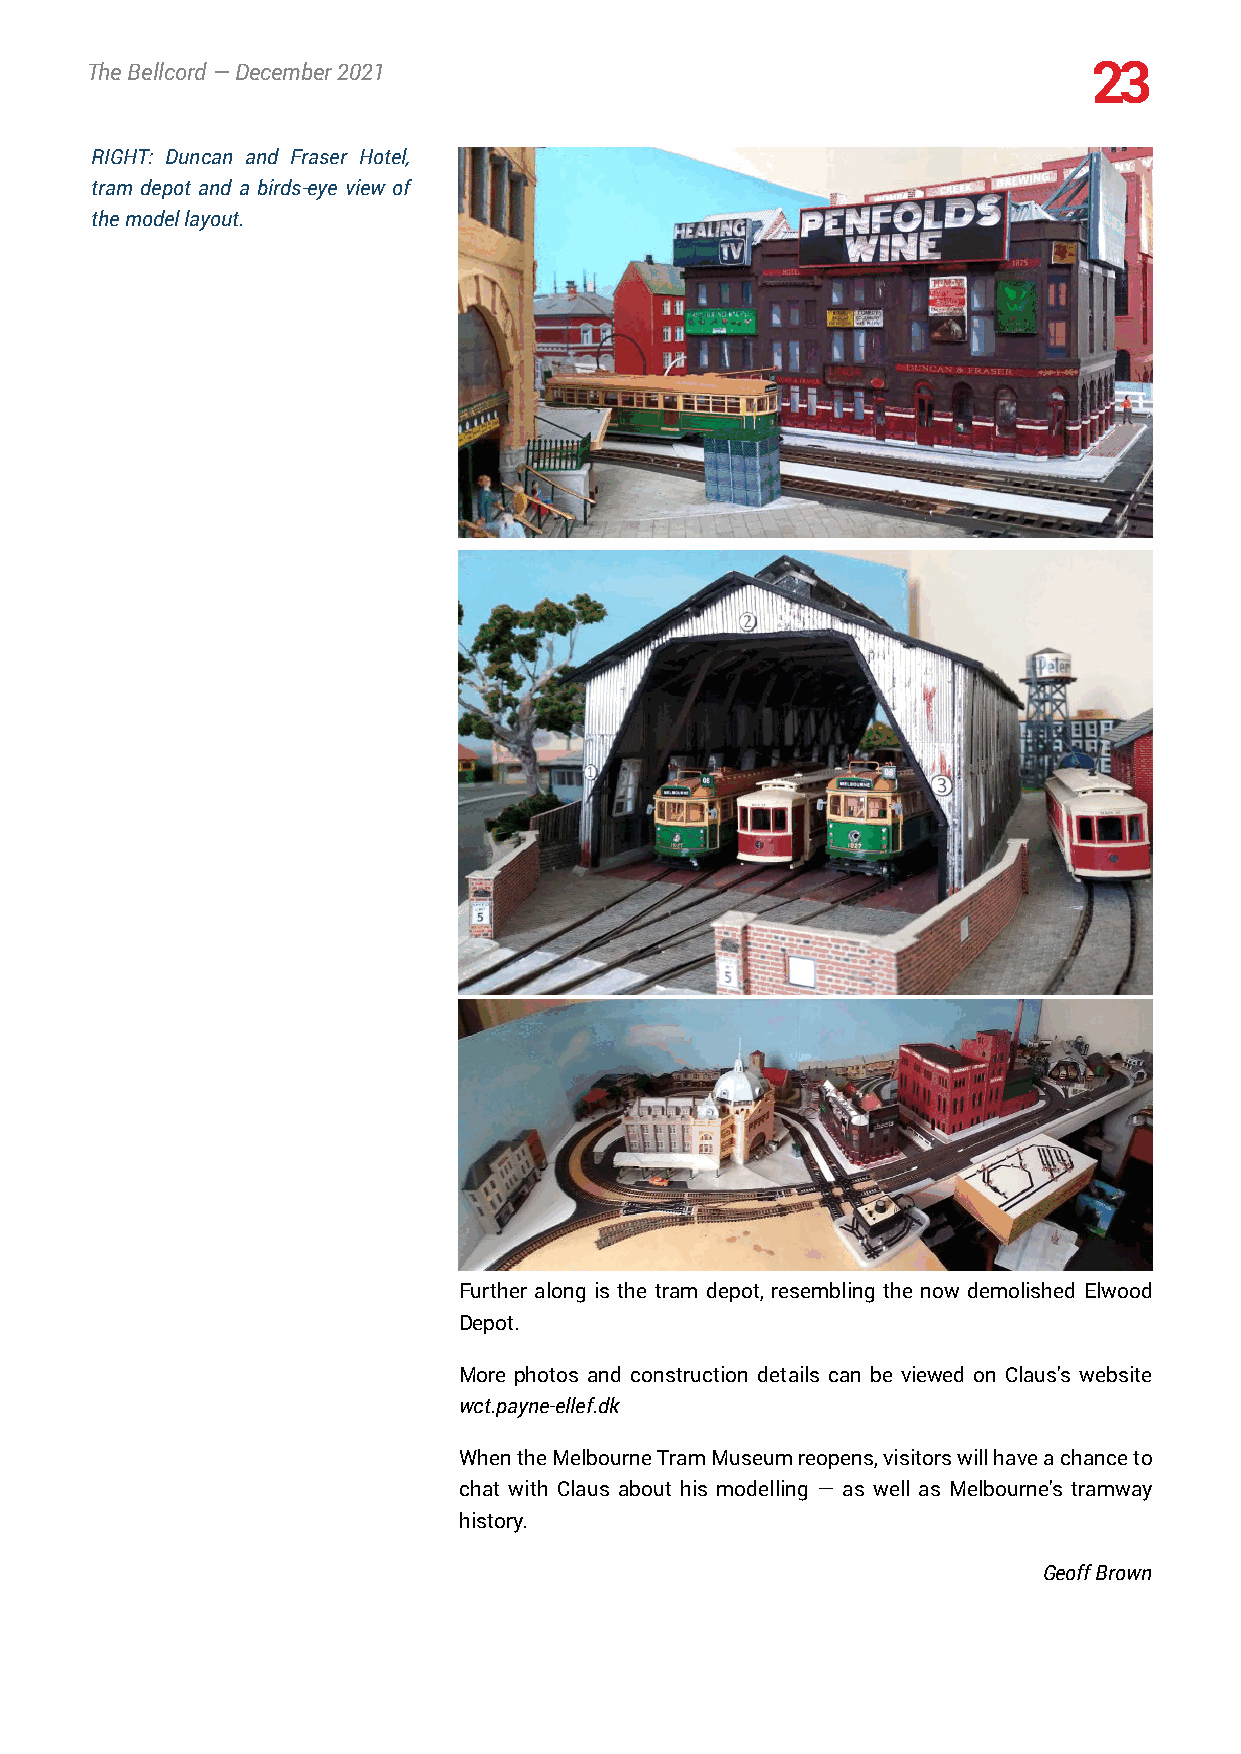
TheBellcord—December2021                                          23
 RIGHT: Duncan and Fraser Hotel,
 tram depot and a birds-eye view of
 themodellayout.
 Further along is the tram depot, resembling the now demolished Elwood
 Depot.
 More photos and construction details can be viewed on Claus's website
 wct.payne-ellef.dk
 WhentheMelbourneTramMuseumreopens,visitorswillhaveachanceto
 chat with Claus about his modelling — as well as Melbourne's tramway
 history.
 GeoffBrown